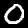
Label: 0